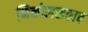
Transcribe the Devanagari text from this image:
निकोलसताद